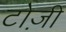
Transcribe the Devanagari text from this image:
टोज़ी